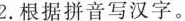
2.根据拼音写汉字。